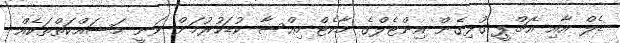
ޑެލް އާއި އެޗްޕީ ގުޅިގެން އިންޓެލްގެ މާކެޓް ހިއްސާ ކުޑަކުރުމަށް ވަނީ މަސައްކަތްތަކެއް